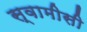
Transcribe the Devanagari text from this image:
स्वामीसी